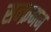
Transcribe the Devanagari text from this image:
सन्क्रमन